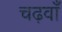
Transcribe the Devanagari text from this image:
चढ़वाँ